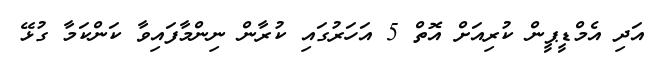
އަދި އެމްޑީޕީން ކުރިއަށް އޮތް 5 އަހަރުގައި ކުރާން ނިންމާފައިވާ ކަންކަމާ ގުޅޭ